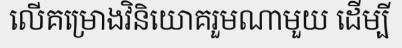
លើគម្រោងវិនិយោគរួមណាមួយ ដើម្បី